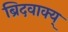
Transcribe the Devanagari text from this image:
ब्रिदवाक्य्